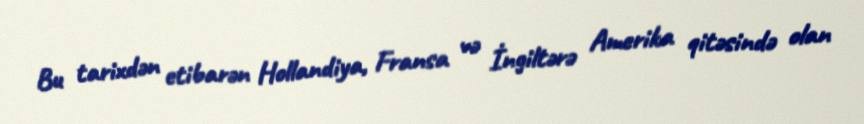
Bu tarixdən etibarən Hollandiya, Fransa və İngiltərə Amerika qitəsində olan